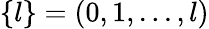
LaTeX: \{ l\} =(0,1,...,l)